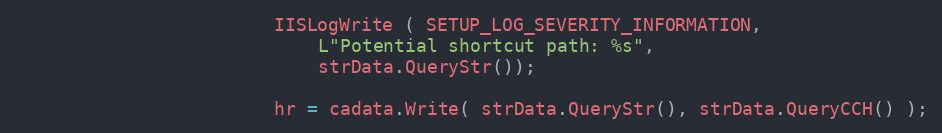
Language: C++
						IISLogWrite ( SETUP_LOG_SEVERITY_INFORMATION,
							L"Potential shortcut path: %s",
							strData.QueryStr());

						hr = cadata.Write( strData.QueryStr(), strData.QueryCCH() );